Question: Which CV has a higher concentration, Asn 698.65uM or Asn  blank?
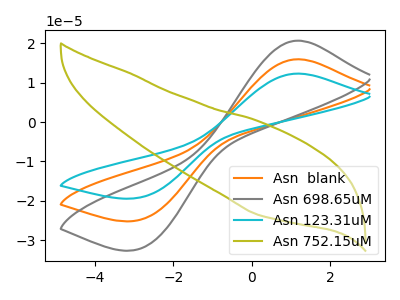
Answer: <think>The orange curve "Asn  blank" has an anodic peak at (1.20V, 15.95uA) and a cathodic peak at (-2.80V, -24.70uA). The gray curve "Asn 698.65uM" has an anodic peak at (1.20V, 20.65uA) and a cathodic peak at (-2.80V, -32.00uA). The cyan curve "Asn 123.31uM" has an anodic peak at (1.20V, 31.90uA) and a cathodic peak at (-2.80V, -49.35uA). The olive curve "Asn 752.15uM" has no peaks.
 All the peaks in "Asn 698.65uM" have a peak in "Asn  blank" at the same potential. Every peak in "Asn 698.65uM" is higher than every peak in "Asn  blank".</think>
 <answer>"Asn 698.65uM" has more signal than "Asn  blank" and so likely has a higher concentration.</answer>
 <eval>more_concentration</eval>